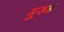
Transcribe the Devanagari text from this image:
मु्रूड